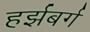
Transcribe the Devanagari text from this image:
हर्झबर्ग